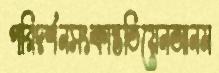
পরিদর্শনসংক্রান্ততিয়েনআনম